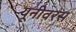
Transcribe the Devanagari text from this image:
यूनीवरस